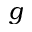
g